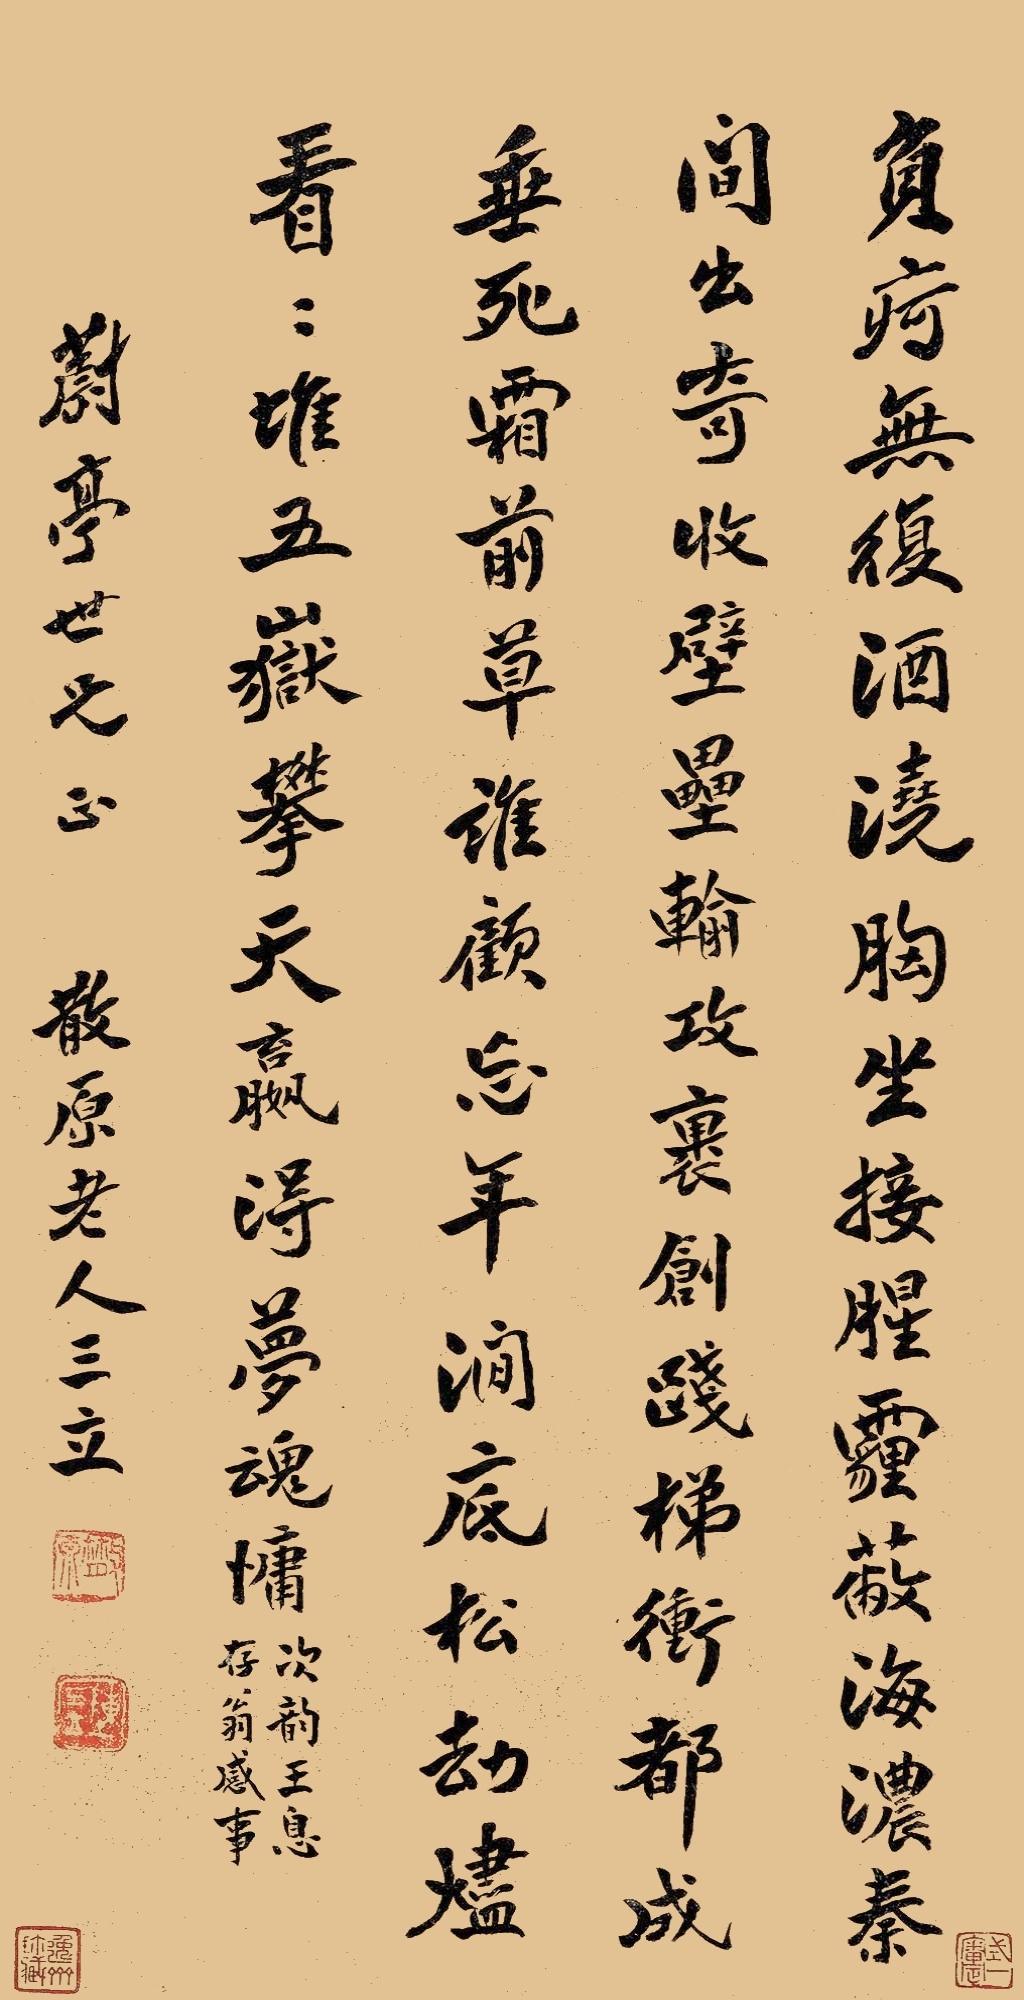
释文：负疴无复酒浇胸，坐接腥霾蔽海浓。秦间出奇收壁垒，输攻裹创践梯冲。都成垂死霜前草，谁顾忘年涧底松。劫烬看看堆五岳，攀天赢得梦魂慵。次韵王息存翁感事。蔚亭世兄正。散原老人三立。